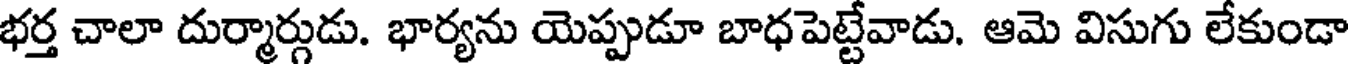
భర్త చాలా దుర్మార్గుడు. భార్యను యెప్పుడూ బాధపెట్టేవాడు. ఆమె విసుగు లేకుండా